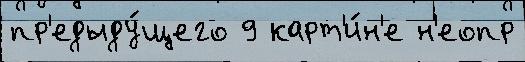
пр'едыду́щего 9 карт'и́н'е н'еопр